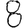
Digit: 8